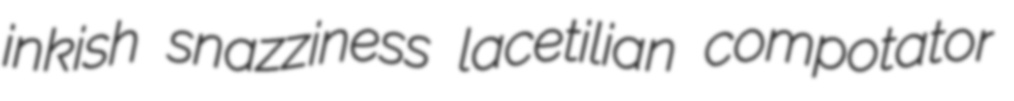
inkish snazziness lacetilian compotator